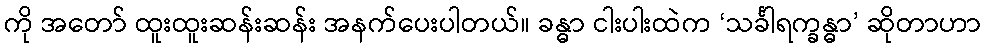
ကို အတော် ထူးထူးဆန်းဆန်း အနက်ပေးပါတယ်။ ခန္ဓာ ငါးပါးထဲက ‘သင်္ခါရက္ခန္ဓာ’ ဆိုတာဟာ